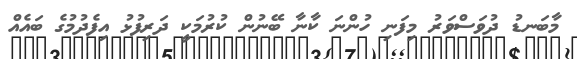
މާބަނޑު ދުވަސްވަރު މިފަނި ހުންނަ ކާނާ ބޭނުން ކުރުމަކީ ދަރިފުޅު އިފެދުމުގެ ބައެއް